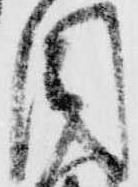
目